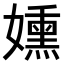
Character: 𫲊